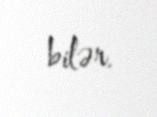
bilər.